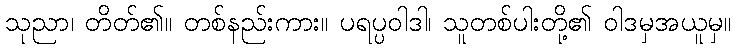
သုညာ၊ တိတ်၏။ တစ်နည်းကား။ ပရပ္ပဝါဒါ၊ သူတစ်ပါးတို့၏ ဝါဒမှအယူမှ။